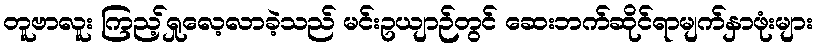
တူဗာလူး ကြည့်ရှုလေ့လာခဲ့သည် မင်းဥယျာဉ်တွင် ဆေးဘက်ဆိုင်ရာမျက်နှာဖုံးများ